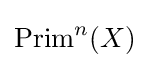
{\text{Prim}}^{n}(X)